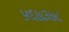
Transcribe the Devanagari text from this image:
५६७३७८